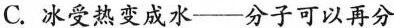
C. 冰受热变成水——分子可以再分